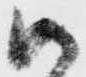
御